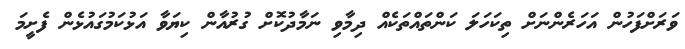
ވަރަށްފަހުން އަހަރެންނަށް ތިކަހަލަ ކަންތައްތަކެެެއް ދިމާވި ނަމާދުކޮށް ގުރުއާން ކިޔަވާ އަޅުކަމުގައުޅެން ފެށީމަ